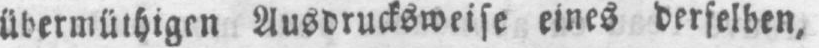
übermüthigen Ausdrucksweise eines derselben,